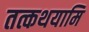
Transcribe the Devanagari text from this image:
तत्कथयामि